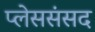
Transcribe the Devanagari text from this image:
प्लेससंसद